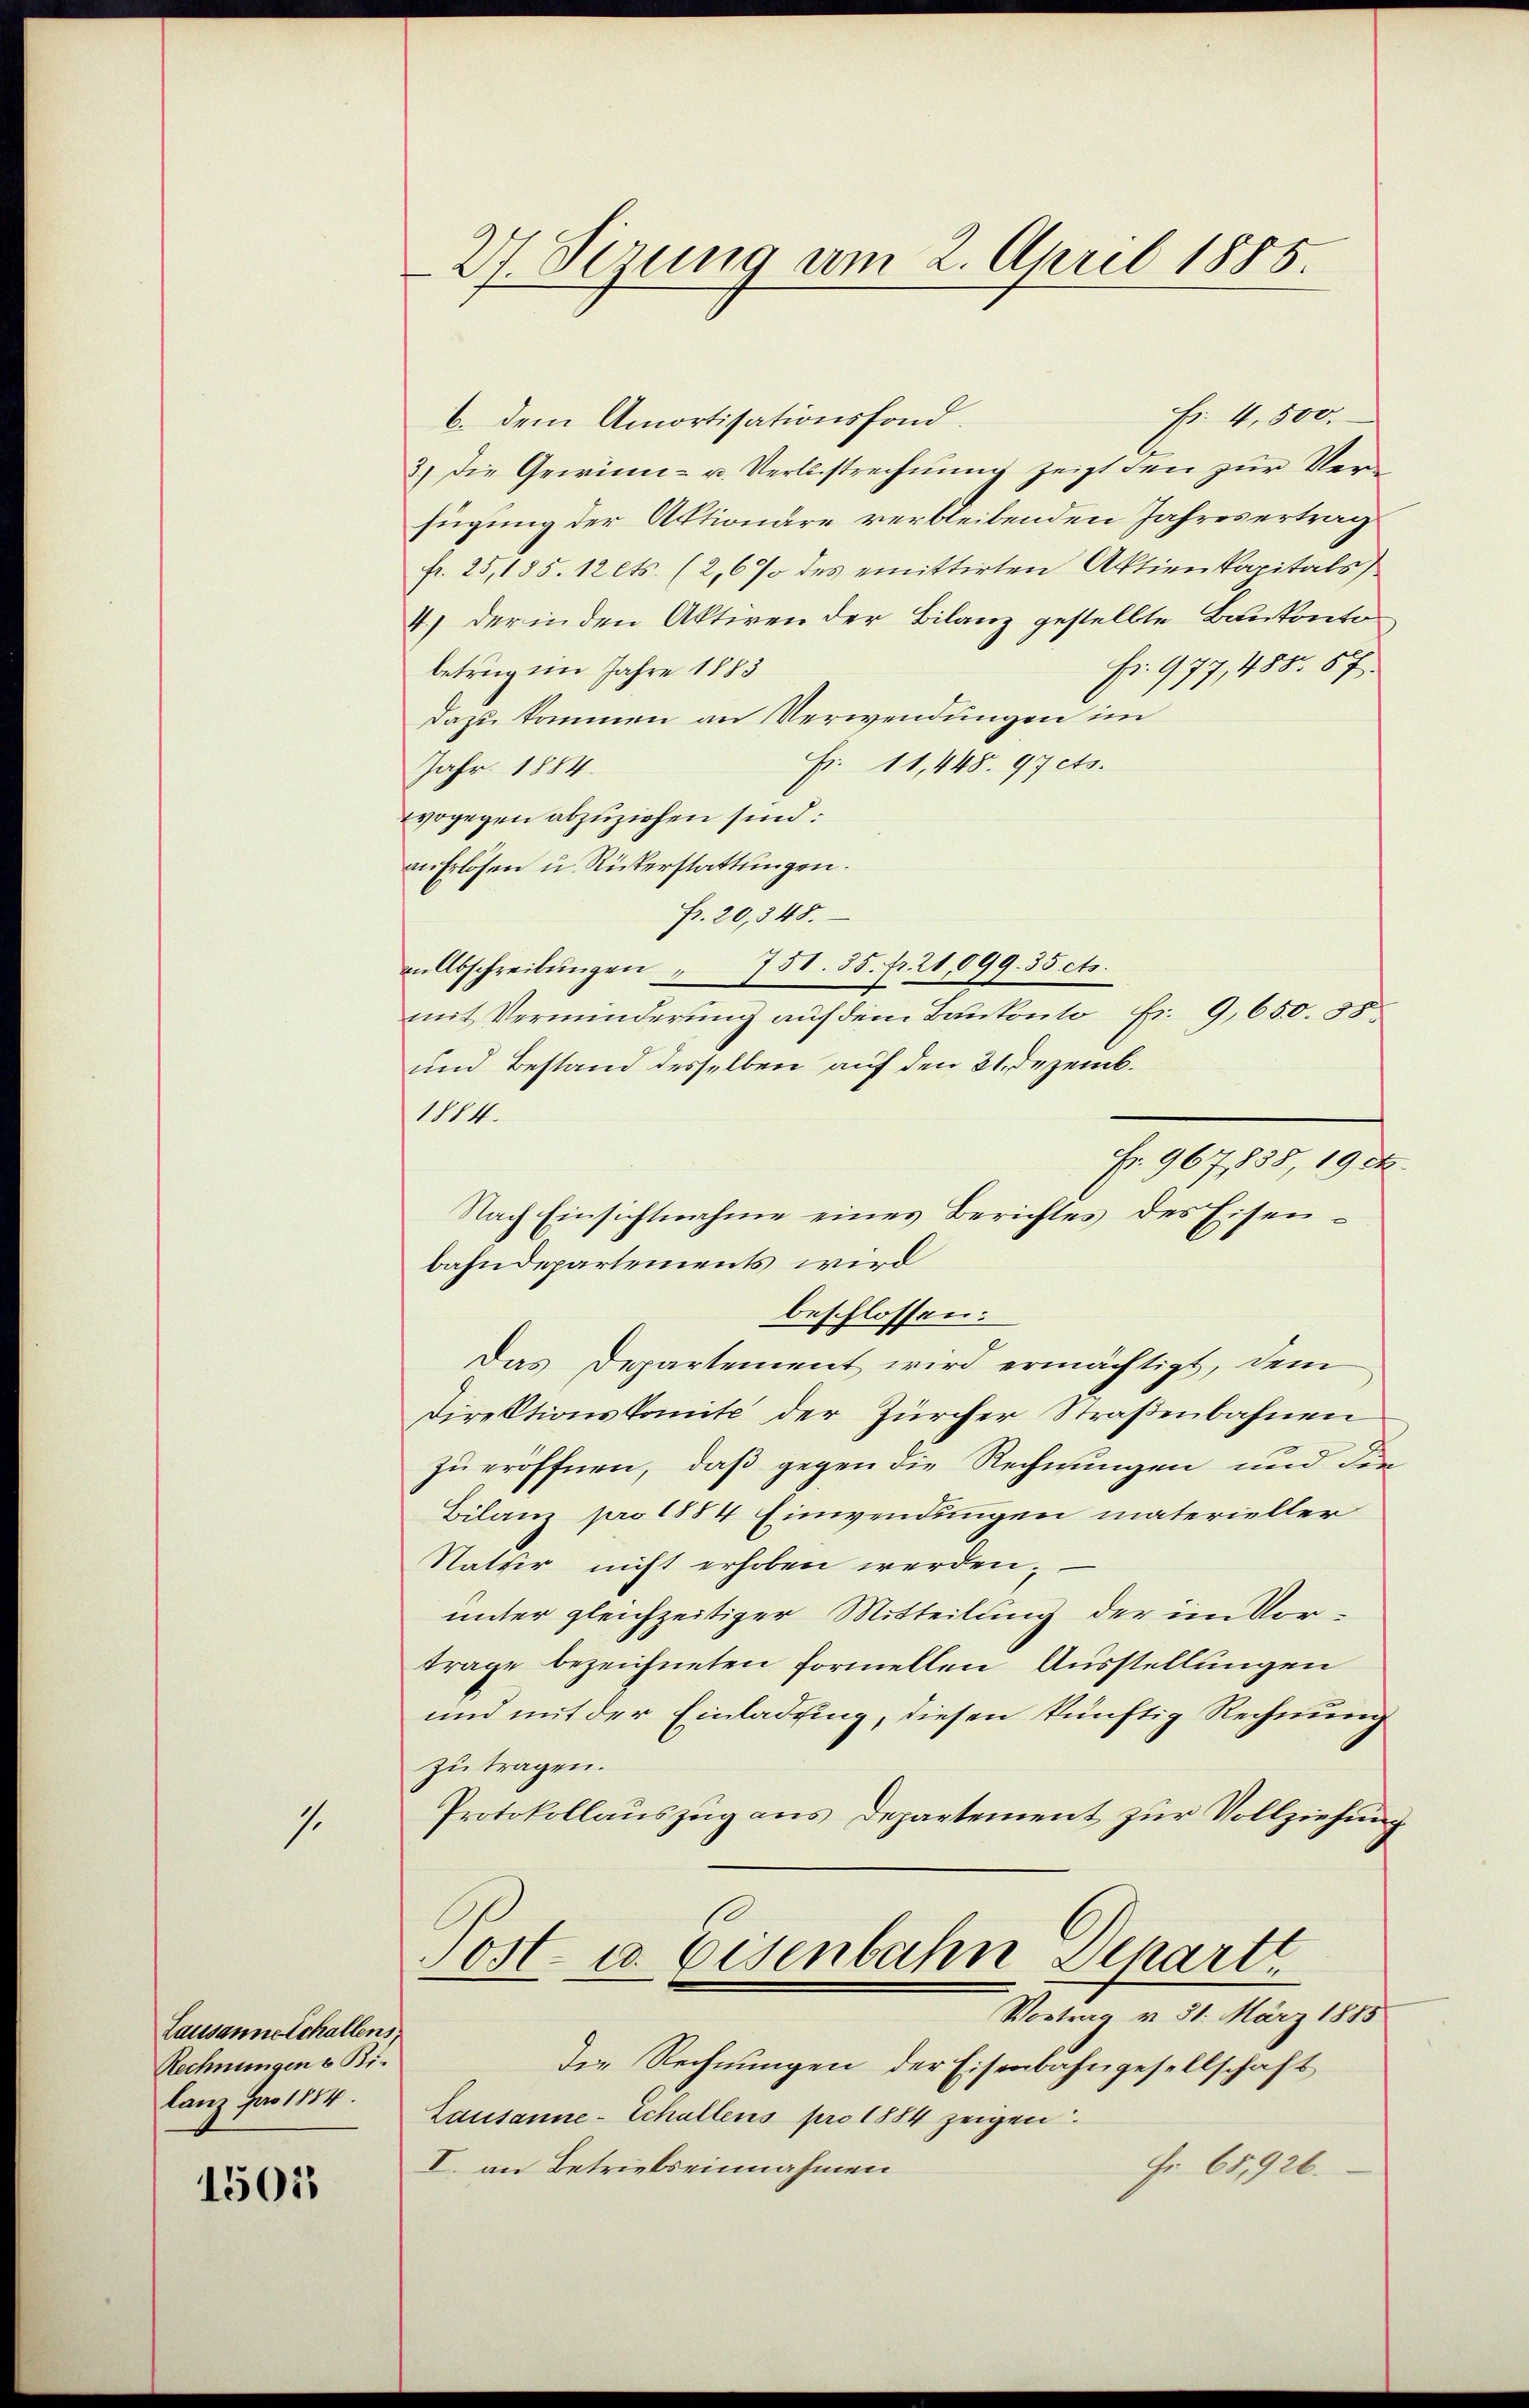
s

Lausanne Schallens.
Rechnungen u. Bi
lanz pro 1814.

1501

27. Ferung am 2. April 1885.

fr. 4,500.
b. dem Amortisationsfond.
3.) Die Gewinn- u. Verlustrechnung zeigt den zur Verfügung der Aktionäre verbleibenden Jahresertrag
fr. 25, 185. 12 cts. (2,6% des emittirten Aktienkapitals
4.) Der in den Aktiven der Bilanz gestellte Bankonte
fr. 977, 485. 67.
betrug im Jahre 1883
dazu kommen an Verwendungen im
Fr. 11,448. 97 cts.
Jahr 1884.
wogegen abzuziehen sind:
an Erlösen u. Rickerstattungen.
Fr. 20,848.
n Abschreibŭngen " 751. 35. fr. 21,099. 35 cts.
mit Verminderung auf dem Baukonto Fr. 9,650. 38
und Bestand desselben auf den 21. Dezemb.
1114.
Fr. 967838, 19 ck
Nach Einsichtnahme eines Berichtes des Eisenbahndepartements wird
beschlossen:
Das Departement wird ermächtigt, dem
Direktionskomite der Zürcher Straßenbahnen
zu eröffnen, daß gegen die Rechnungen und der
Bilanz pro 1884 Einwendungen materieller
Natur nicht erhoben werden.
unter gleichzeitiger Mitteilung der im Vortrage bezeichneten formellen Ausstellungen
und mit der Einladung, diesen künftig Rechnung
zutragen.
Protokollauszug aus Departement zur Vollziehung
Post. u. Eisenbahn Departt
Vortrag v. 31. März 1885
Die Rechnungen der Eisenbahngesellschaft
Lausanne - Schaltens pro 1884 zeigen
I. an Betrielseinnahmen
Fr. 65,926.